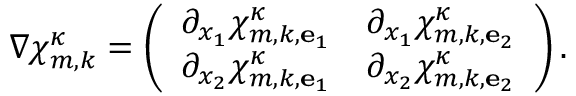
\nabla { \boldsymbol { \chi } } _ { m , k } ^ { \kappa } = \left( \begin{array} { l l } { \partial _ { x _ { 1 } } \chi _ { m , k , { \mathbf { e } } _ { 1 } } ^ { \kappa } } & { \partial _ { x _ { 1 } } \chi _ { m , k , { \mathbf { e } } _ { 2 } } ^ { \kappa } } \\ { \partial _ { x _ { 2 } } \chi _ { m , k , { \mathbf { e } } _ { 1 } } ^ { \kappa } } & { \partial _ { x _ { 2 } } \chi _ { m , k , { \mathbf { e } } _ { 2 } } ^ { \kappa } } \end{array} \right) .